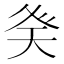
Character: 𭼾